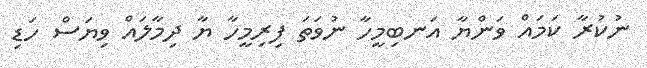
ނުކުރާ ކަމައް ވަންޔާ އަނބިމީހާ ނުވަތަ ފިރިމީހާ ޔާ ދިމާލައް ވިޔަސް ހަޑި